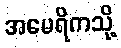
အမေရိကသို့